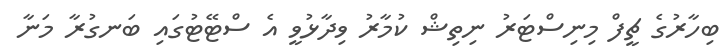
ބިހާރުގެ ޗީފް މިިނިސްޓަރު ނިތިޝް ކުމާރު ވިދާޅުވީ އެ ސްޓޭޓުގައި ބަނގުރާ މަނާ